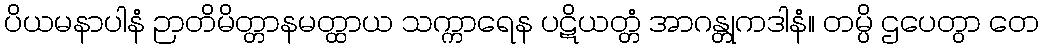
ပိယမနာပါနံ ဉာတိမိတ္တာနမတ္ထာယ သက္ကာရေန ပဋိယတ္တံ အာဂန္တုကဒါနံ။ တမ္ပိ ဌပေတွာ တေ